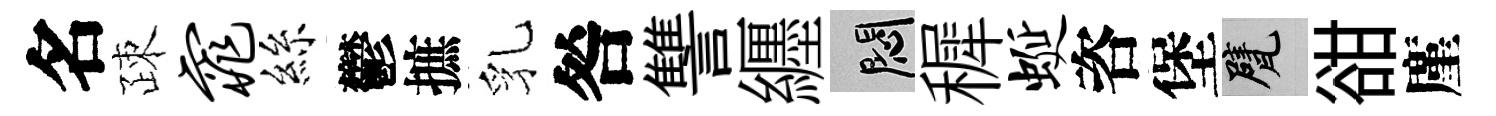
名疎窕絲鬱摭乳咎讐纒悶穉蜒咨堡甓𧮳廑